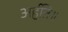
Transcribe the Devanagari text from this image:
अर्हति॥